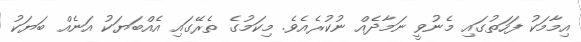
އިމާމަކު ފަހަތުގައި މެނުވީ ނަމާދެއް ނުކުރެއެވެ. މިކަމުގެ ތެރޭގައި އެއްބަޔަކު އަނެއް ބަޔަކު